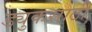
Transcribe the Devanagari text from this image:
ड्युकसाठी